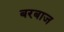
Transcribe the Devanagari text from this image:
बरबाज